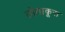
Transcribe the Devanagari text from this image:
तोताकूरा